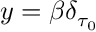
y = { \beta } \delta _ { \tau _ { 0 } }